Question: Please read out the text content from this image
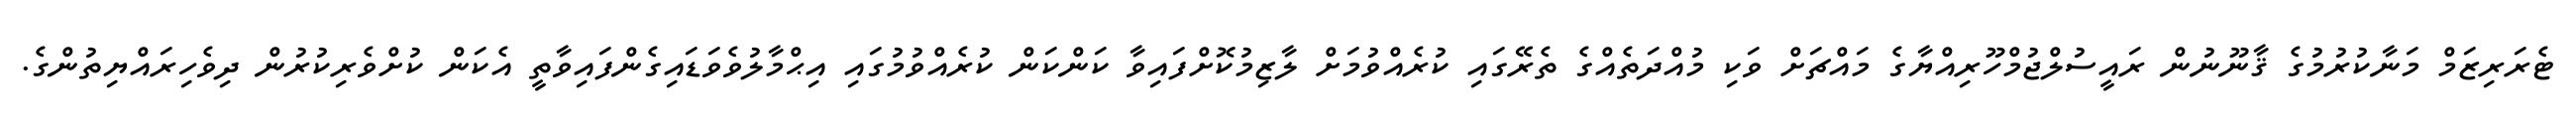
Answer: ޓެރަރިޒަމް މަނާކުރުމުގެ ޤާނޫނުން ރައީސުލްޖުމްހޫރިއްޔާގެ މައްޗަށް ވަކި މުއްދަތެއްގެ ތެރޭގައި ކުރެއްވުމަށް ލާޒިމުކޮށްފައިވާ ކަންކަން ކުރެއްވުމުގައި އިޙްމާލުވެވަޑައިގެންފައިވާތީ އެކަން ކުށްވެރިކުރުން ދިވެހިރައްޔިތުންގެ.